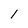
Character: l